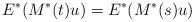
LaTeX: \begin{align*} E^*(M^*(t)u)=E^*(M^*(s)u)\end{align*}